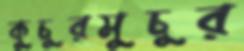
কুচুরমুচুর